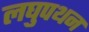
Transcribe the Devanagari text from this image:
लघुपथन